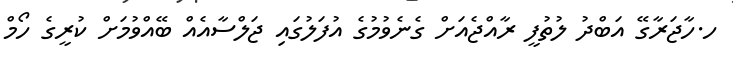
ހ.ހާޖަރާގޭ އަބްދު ލުތުފީ ރާއްޖެއަށް ގެނެވުުމުގެ އުފަލުގައި ޖަލްސާއެއް ބޭއްވުމަށް ކުރީގެ ހޯމް